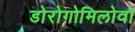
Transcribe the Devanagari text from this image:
डोरोगोमिलोवो